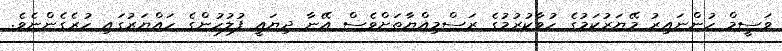
ވަސީމް ހުންނައިރު މޭޔަރުކަމުގެ ހުވާކުރުމުގެ ރަސްމިއްޔާތަށްވެސް އޭނާ ދިޔައީ ފުލުހުންގެ ހައްޔަރުގައި ހުރެގެންނެވެ.